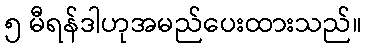
၅ မီရန်ဒါဟုအမည်ပေးထားသည်။